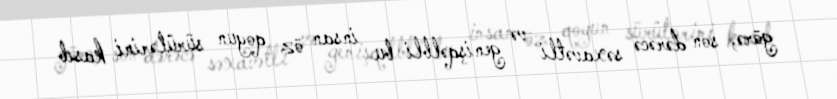
görə, son dərəcə səxavətli və genişqəlbli bu insan öz qoyun sürülərini kasıb